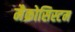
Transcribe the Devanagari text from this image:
मैक्रोसिस्टम